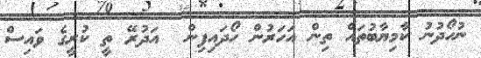
ނުހޯދުނު ކާމިޔާބުތައް ތިން އަހަރުން ހޯދައިފިން  އަދުރޭ ތީ ކުރީގެ ވައިސް